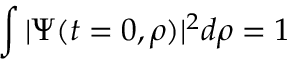
\int | \Psi ( t = 0 , \rho ) | ^ { 2 } d \rho = 1